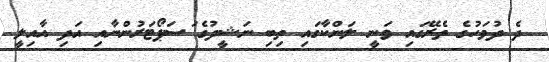
ދެ ދުވަހުގެ ތެރޭގައި ވަނީ ލަންކާގައި ތިބި ނަޝީދުގެ ަސަޕޯޓަރުންނާއި އަދި އާއިލީ